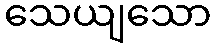
သေယျသော